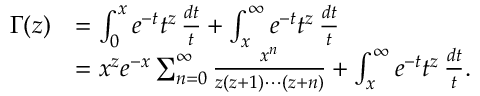
{ \begin{array} { r l } { \Gamma ( z ) } & { = \int _ { 0 } ^ { x } e ^ { - t } t ^ { z } \, { \frac { d t } { t } } + \int _ { x } ^ { \infty } e ^ { - t } t ^ { z } \, { \frac { d t } { t } } } \\ & { = x ^ { z } e ^ { - x } \sum _ { n = 0 } ^ { \infty } { \frac { x ^ { n } } { z ( z + 1 ) \cdots ( z + n ) } } + \int _ { x } ^ { \infty } e ^ { - t } t ^ { z } \, { \frac { d t } { t } } . } \end{array} }